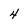
Character: 4